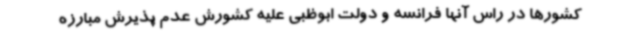
کشورها در راس آنها فرانسه و دولت ابوظبی علیه کشورش عدم پذیرش مبارزه